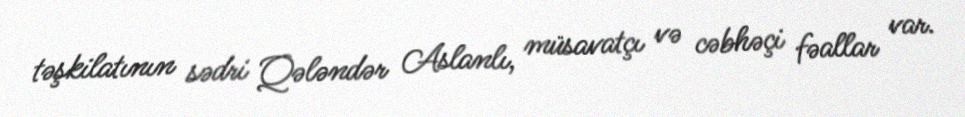
təşkilatının sədri Qələndər Aslanlı, müsavatçı və cəbhəçi fəallar var.